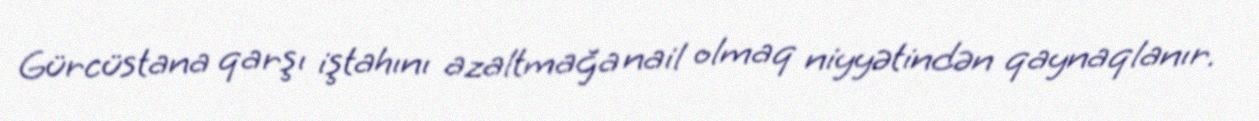
Gürcüstana qarşı iştahını azaltmağa nail olmaq niyyətindən qaynaqlanır.